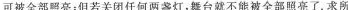
可被全部照亮；但若关闭任何两盏灯，舞台就不能被全部照亮了。求所